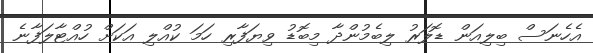
އެހެނަސް ބިލިއަން ޑޮލަރު ލިބެމުންދާ މިބޮޑު ވިޔަފާރި ހަމަ ކުއްލި އަކަށް ހުއްޓާލަފާނެ